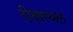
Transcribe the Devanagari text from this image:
दीक्षास्थल